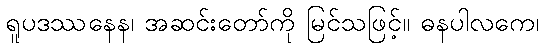
ရူပဒဿနေန၊ အဆင်းတော်ကို မြင်သဖြင့်။ ဓနပါလကေ၊